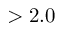
> 2 . 0